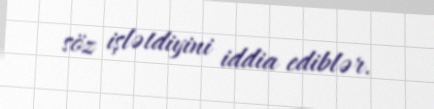
söz işlətdiyini iddia ediblər.